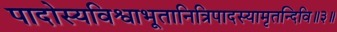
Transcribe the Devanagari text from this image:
पादोस्यविश्वाभूतानित्रिपादस्यामृतन्दिवि॥३॥